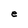
Character: e